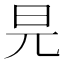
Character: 㫕